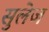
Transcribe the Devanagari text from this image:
सुलेज